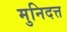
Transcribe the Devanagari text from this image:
मुनिदत्त